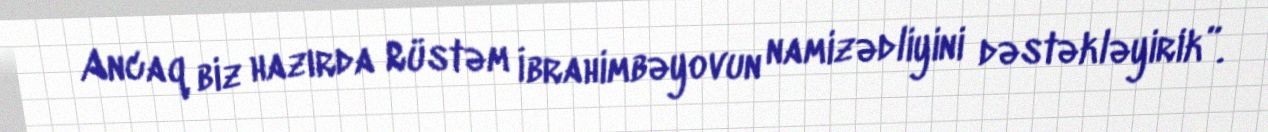
Ancaq biz hazırda Rüstəm İbrahimbəyovun namizədliyini dəstəkləyirik”.